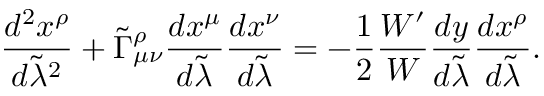
{ \frac { d ^ { 2 } x ^ { \rho } } { d \tilde { \lambda } ^ { 2 } } } + \tilde { \Gamma } _ { \mu \nu } ^ { \rho } { \frac { d x ^ { \mu } } { d \tilde { \lambda } } } { \frac { d x ^ { \nu } } { d \tilde { \lambda } } } = - { \frac { 1 } { 2 } } { \frac { { \cal W } ^ { \prime } } { \cal W } } { \frac { d y } { d \tilde { \lambda } } } { \frac { d x ^ { \rho } } { d \tilde { \lambda } } } .